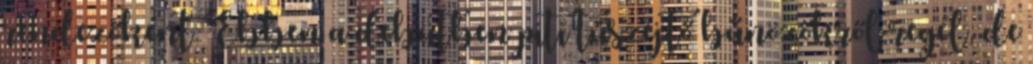
rendezőként. Ebben a debütben piti túszejtő bűnözőkről regél, de